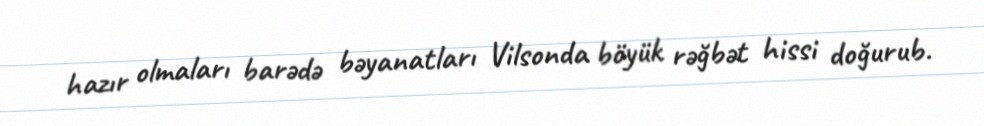
hazır olmaları barədə bəyanatları Vilsonda böyük rəğbət hissi doğurub.